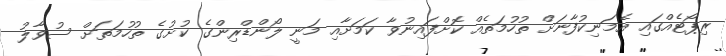
ރިޕޯޓެއްގައި އެމަނިކުފާނަށް ތުހުމަތެއް ކޮށްފައިނުވާ ކަމަށާއި މަނީ ލޯންޑްރިންގެ ކުށުގެ ތުހުމަތަށް ސުވާލު